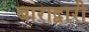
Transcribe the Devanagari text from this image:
बाराद्वारी